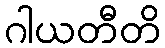
ဂါယတီတိ